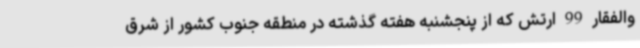
والفقار 99 ارتش که از پنجشنبه هفته گذشته در منطقه جنوب کشور از شرق